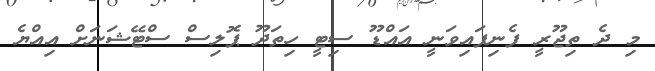
މި ދެ ތިޖޫރީ ފެނިފައިވަނީ އައްޑޫ ސިޓީ ހިތަދޫ ޕޮލިސް ސްޓޭޝަނަށް އިއްޔެ